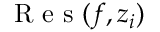
\mathrm { ~ R ~ e ~ s ~ } ( f , z _ { i } )